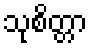
သုစိတ္တာ